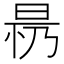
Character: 𱢀